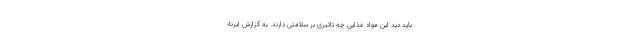
باید دید این مواد غذایی چه تاثیری بر سلامتی دارند. به گزارش ایرنا؛